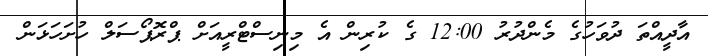
އާދީއްތަ ދުވަހުގެ މެންދުރު 12:00 ގެ ކުރިން އެ މިނިސްޓްރީއަށް ޕްރޮޕޯސަލް ހުށަހަޅަން